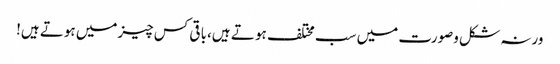
ورنہ شکل وصورت میں سب مختلف ہو تے ہیں،با قی کس چیزمیں ہوتے ہیں!